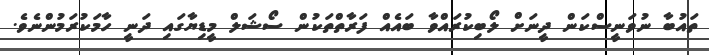
ތައުބާ ނުވަނީސްކަން ދީނަށް ލޯބިކުރައްވާ ބައެއް ފަރާތްތަކުން ސޯޝަލް މީޑިޔާގައި ދަނީ ހާމަކުރަމުންނެވެ.